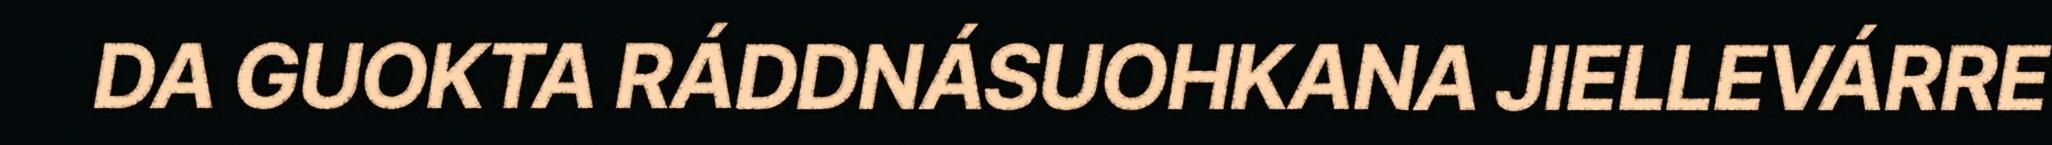
DA GUOKTA RÁDDNÁSUOHKANA JIELLEVÁRRE